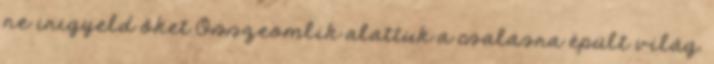
ne irigyeld őket Összeomlik alattuk a csalásra épült világ.